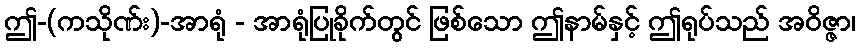
ဤ-(ကသိုဏ်း)-အာရုံ - အာရုံပြုခိုက်တွင် ဖြစ်သော ဤနာမ်နှင့် ဤရုပ်သည် အဝိဇ္ဇာ၊